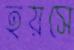
হয়সে